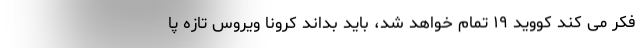
فکر می کند کووید ۱۹ تمام خواهد شد، باید بداند کرونا ویروس تازه پا